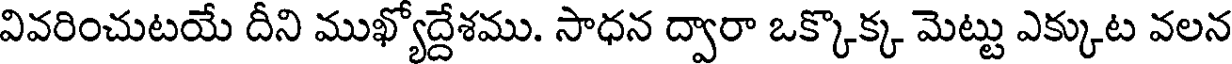
వివరించుటయే దీని ముఖ్యోద్దేశము. సాధన ద్వారా ఒక్కొక్క మెట్టు ఎక్కుట వలన